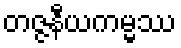
တဇ္ဇနီယကမ္မဿ